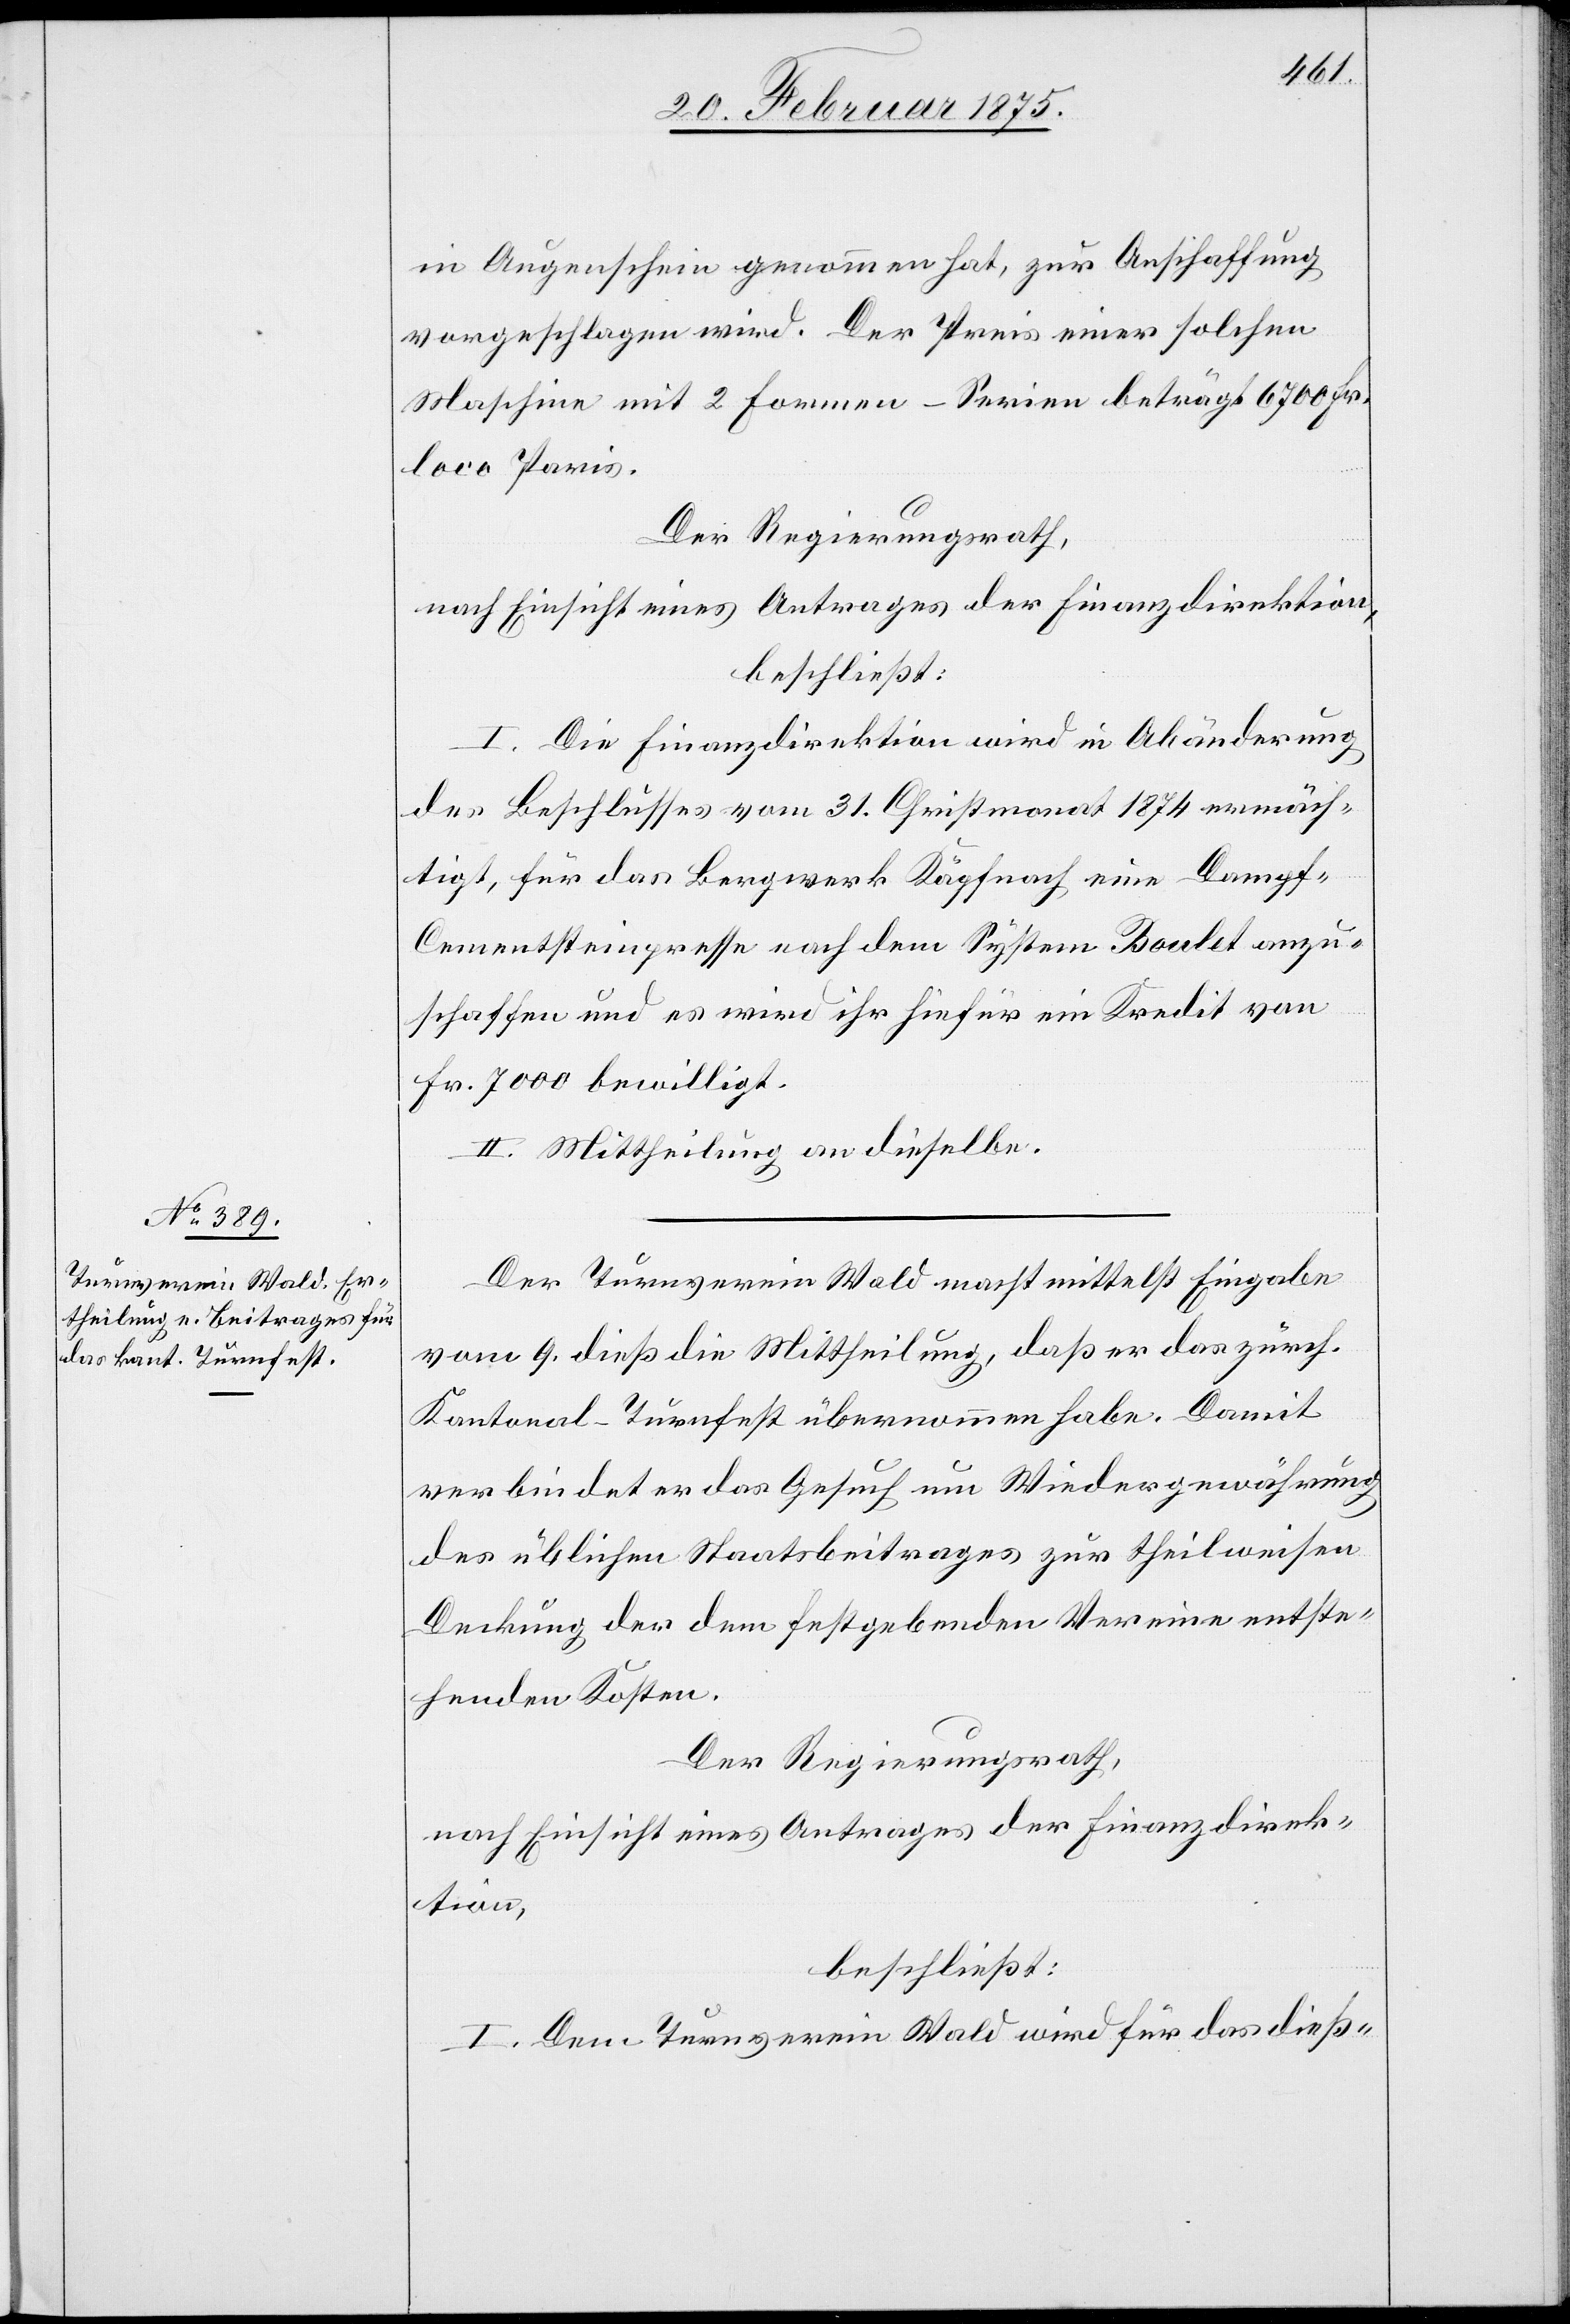
in Augenschein genommen hat, zur Anschaffung
vorgeschlagen wird. Der Preis einer solchen
Maschine mit 2 Formen-Serien beträgt 6700 Fr.
loco Paris.
Der Regierungsrath,
nach Einsicht eines Antrages der Finanzdirektion,
beschließt:
I. Die Finanzdirektion wird in Abänderung
des Beschlusses vom 31. Christmonat 1874 ermäch¬
tigt, für das Bergwerk Käpfnach eine Dampf-C¬
ementsteinpresse nach dem System Boulet anzu¬
schaffen und es wird ihr hiefür ein Kredit von
Fr. 7000 bewilligt.
II. Mittheilung an dieselbe.
Der Turnverein Wald macht mittelst Eingabe
vom 9. dieß die Mittheilung, daß er das zürch.
Kantonal-Turnfest übernommen habe. Damit
verbindet er das Gesuch um Wiedergewährung
des üblichen Staatsbeitrages zur theilweisen
Deckung der dem festgebenden Vereine entste¬
henden Kosten.
Der Regierungsrath
I. Dem Turnverein Wald wird für das dieß-